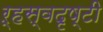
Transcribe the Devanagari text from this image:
ऱ्हस्वदृष्टी